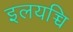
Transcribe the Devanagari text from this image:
इलयच्चि